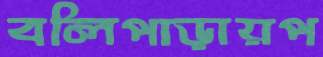
বলিপাড়ায়প